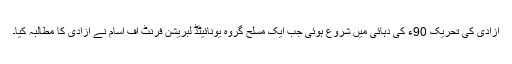
آزادی کی تحریک 90ء کی دہائی میں شروع ہوئی جب ایک مسلح گروہ یونائیٹڈ لبریشن فرنٹ آف آسام نے آزادی کا مطالبہ کیا۔